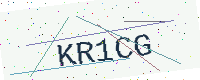
Text: KR1CG